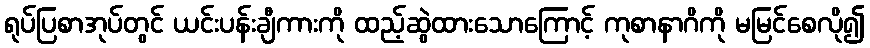
ရုပ်ပြစာအုပ်တွင် ယင်းပန်းချီကားကို ထည့်ဆွဲထားသောကြောင့် ကုစာနာဂိကို မမြင်စေလို၍